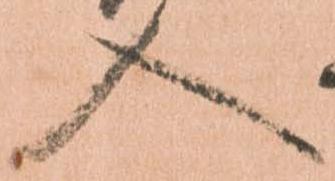
入